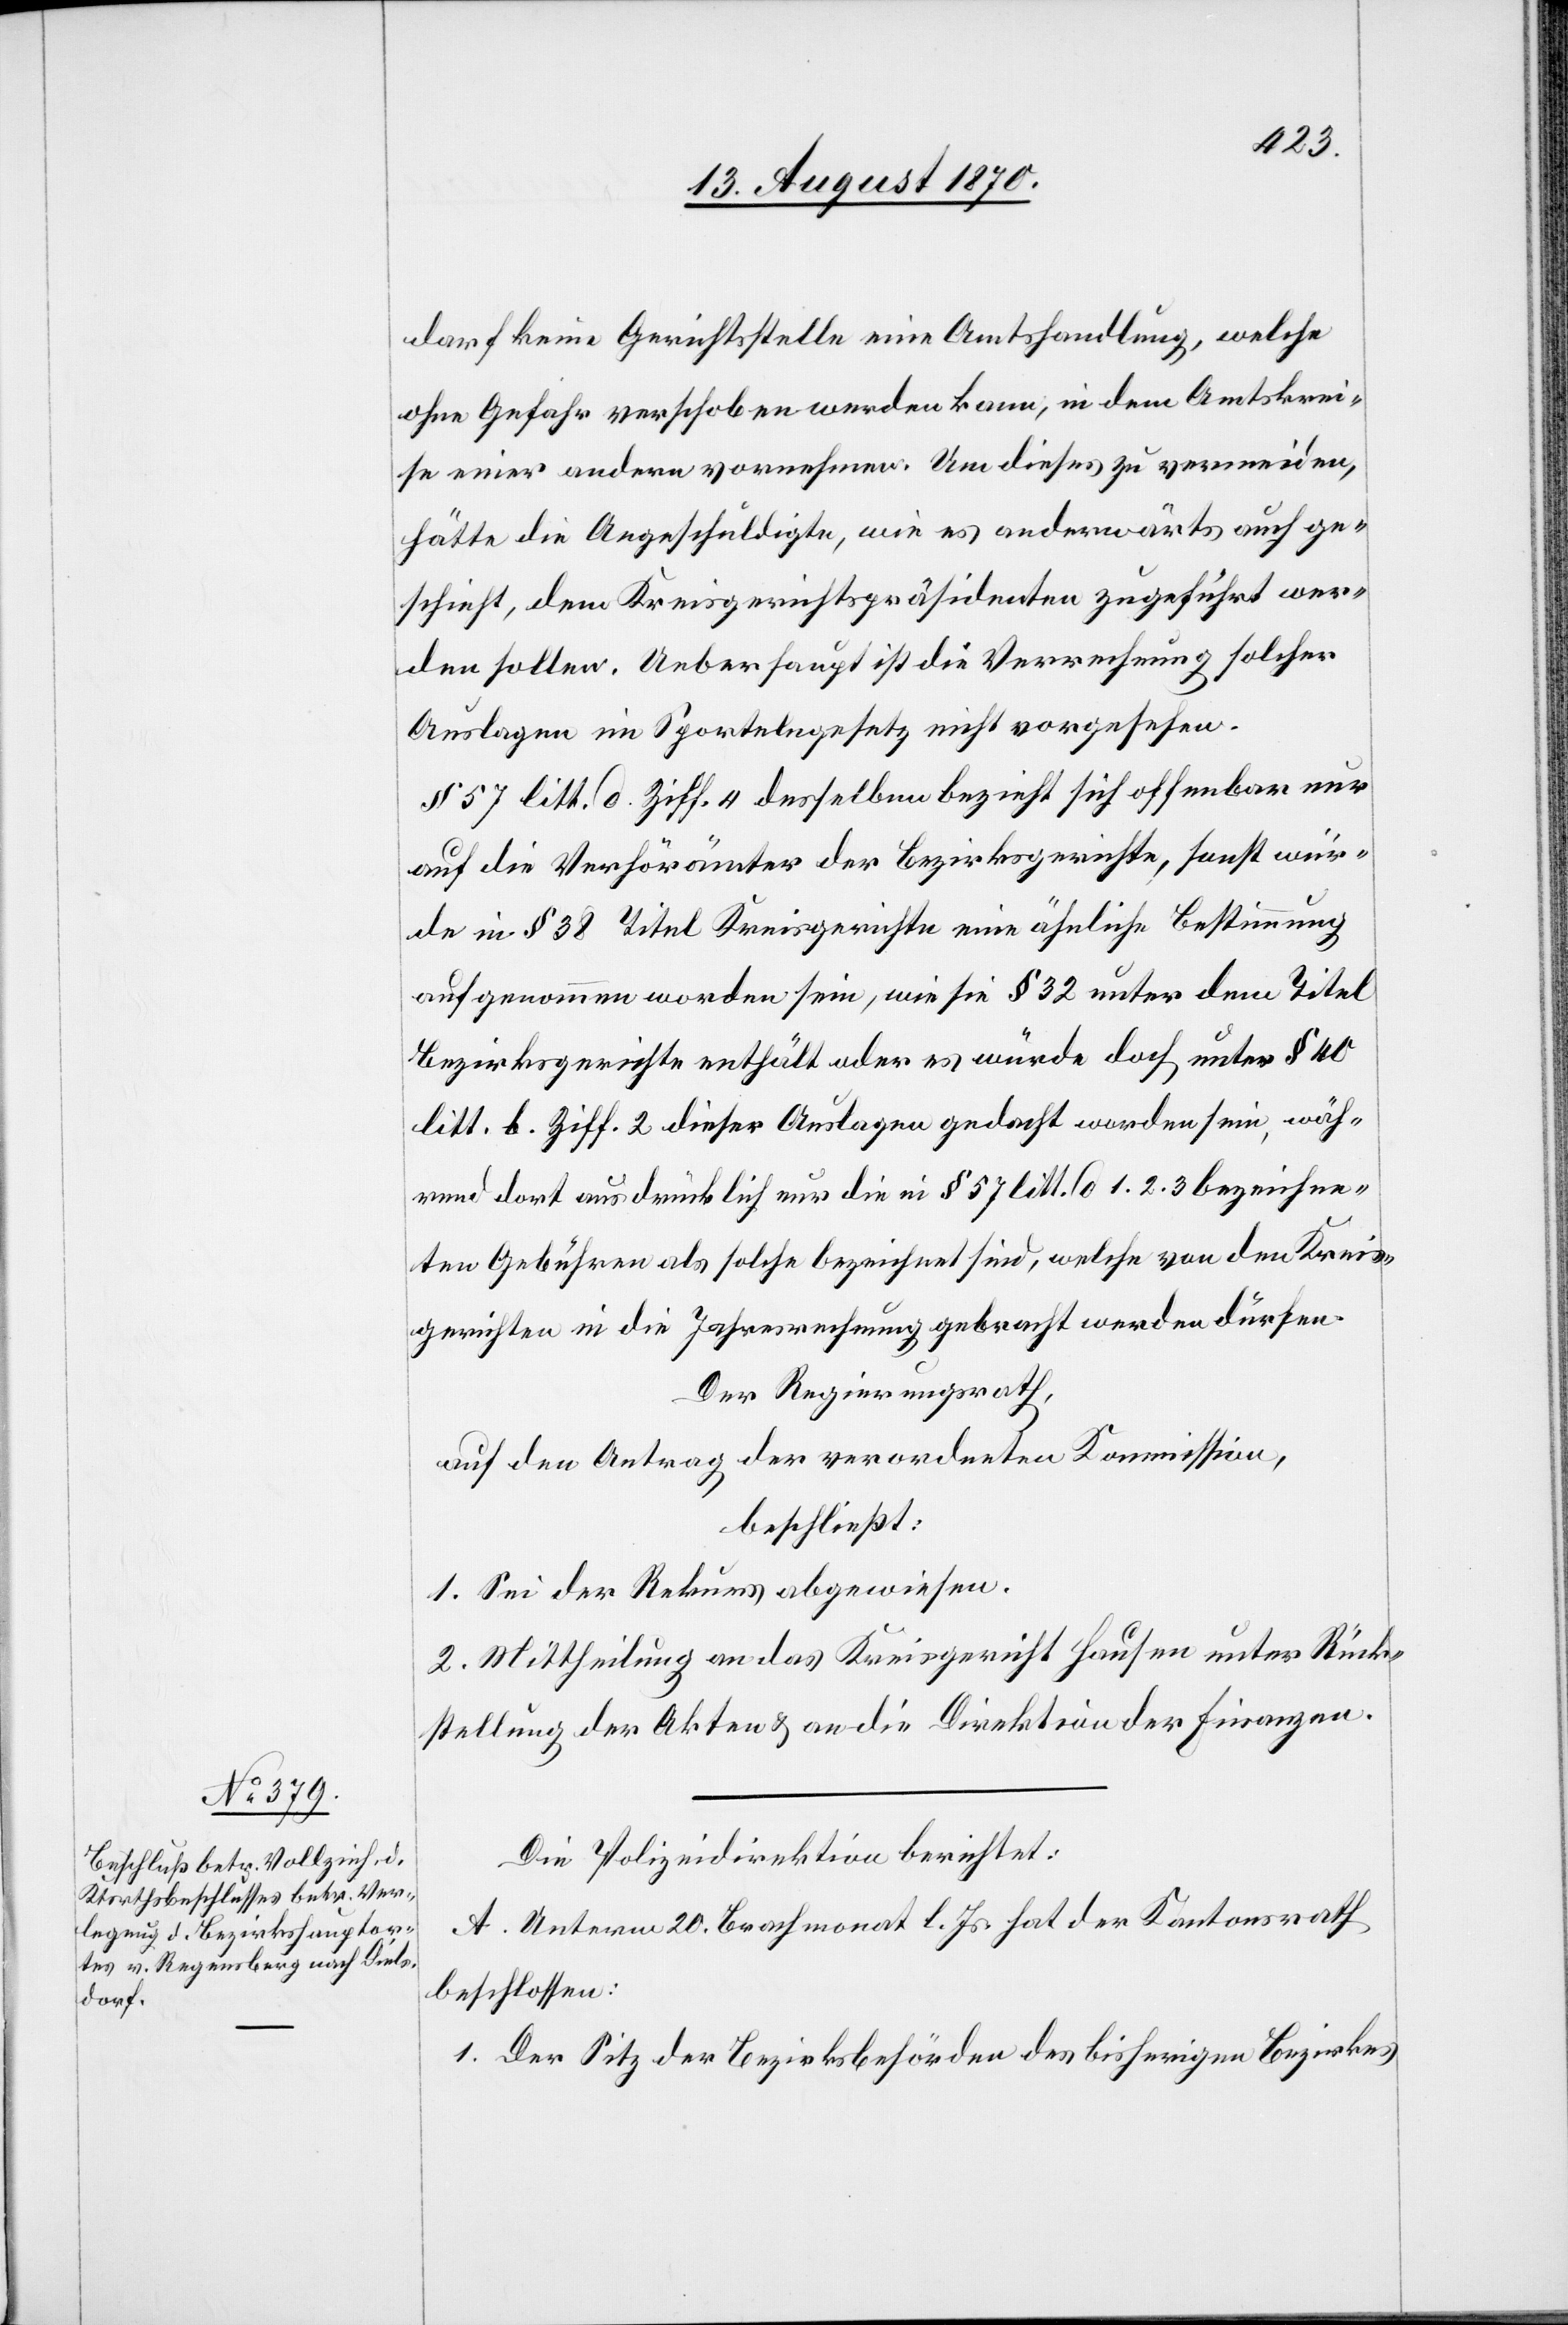
darf keine Gerichtsstelle eine Amtshandlung, welche
ohne Gefahr verschoben werden kann, in dem Amtskrei¬
se einer andern vornehmen. Um dieses zu vermeiden,
hätte die Angeschuldigte, wie es anderwärts auch ge¬
schieht, dem Kreisgerichtspräsidenten zugeführt wer¬
den sollen. Ueberhaupt ist die Verrechnung solcher
Auslagen im Sportelngesetz nicht vorgesehen.
§ 57 litt. d Ziff. 4 desselben bezieht sich offenbar nur
auf die Verhörämter der Bezirksgerichte, sonst wür¬
de in § 38 Titel Kreisgerichte eine ähnliche Bestimmung
aufgenommen worden sein, wie sie § 32 unter dem Titel
Bezirksgerichte enthält oder es würde doch unter § 40
litt. b. Ziff. 2 dieser Auslagen gedacht worden sein, wäh¬
rend dort ausdrücklich nur die in § 57 litt. d. 1. 2. 3 bezeichne¬
ten Gebühren als solche bezeichnet sind, welche von den Kreis¬
gerichten in die Jahresrechnung gebracht werden dürfen.
Der Regierungsrath,
auf den Antrag der verordneten Kommission,
beschließt:
1. Sei der Rekurs abgewiesen.
2. Mittheilung an das Kreisgericht Hausen unter Rück¬
stellung der Akten & an die Direktion der Finanzen.
Die Polizeidirektion berichtet:
A. Unterm 20. Brachmonat l. Js. hat der Kantonsrath
beschlossen:
1. Der Sitz der Bezirksbehörden des bisherigen Bezirkes